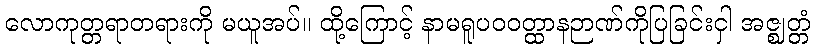
လောကုတ္တရာတရားကို မယူအပ်။ ထို့ကြောင့် နာမရူပဝဝတ္ထာနဉာဏ်ကိုပြခြင်းငှါ အဇ္ဈတ္တံ